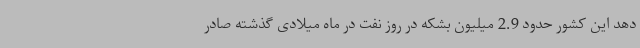
دهد این کشور حدود 2.9 میلیون بشکه در روز نفت در ماه میلادی گذشته صادر